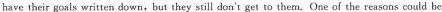
have their goals written down,but they still don't get to them. One of the reasons could be